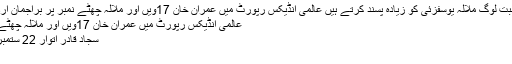
عمران خان کی نسبت لوگ ملالہ یوسفزئی کو زیادہ پسند کرتے ہیں عالمی انڈیکس رپورٹ میں عمران خان 17ویں اور ملالہ چھٹے نمبر پر براجمان اُردو پوائنٹ پاکستان
عالمی انڈیکس رپورٹ میں عمران خان 17ویں اور ملالہ چھٹے نمبر پر براجمان
سجاد قادر اتوار 22 ستمبر 2019 06:43
لاہور ۔